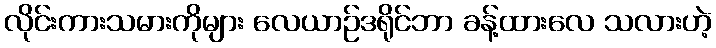
လိုင်းကားသမားကိုများ လေယာဉ်ဒရိုင်ဘာ ခန့်ထားလေ သလားဟဲ့